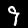
Digit: 9